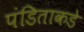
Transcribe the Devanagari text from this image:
पंडिताकडे